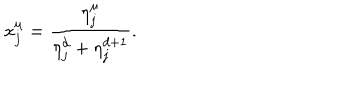
LaTeX: x _ { j } ^ { \mu } = \frac { \eta _ { j } ^ { \mu } } { \eta _ { j } ^ { d } + \eta _ { j } ^ { d + 1 } } .